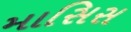
માસિસ